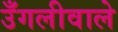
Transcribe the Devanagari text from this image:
उँगलीवाले